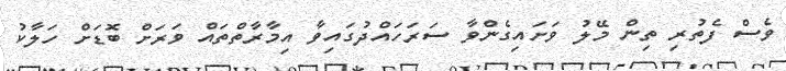
ވެސް ފެތުރި ތިން މޭލު ވަށައިގެންވާ ސަރަހައްދުގައިވާ އިމާރާތްތައް ވަރަށް ބޮޑަށް ހަލާކު